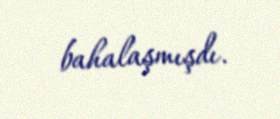
bahalaşmışdı.